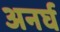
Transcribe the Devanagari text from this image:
अनर्घ